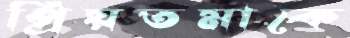
প্রিয়তমাকে